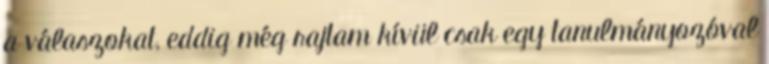
a válaszokat, eddig még rajtam kívül csak egy tanulmányozóval